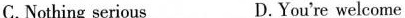
C.Nothing serious D.You're welcome